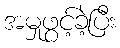
အမှုဖွင့်ခဲ့ပြီး